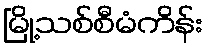
မြို့သစ်စီမံကိန်း